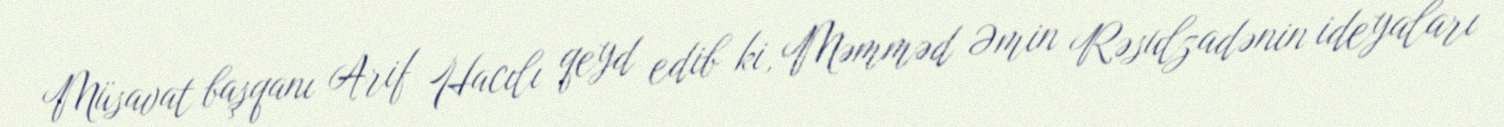
Müsavat başqanı Arif Hacılı qeyd edib ki, Məmməd Əmin Rəsulzadənin ideyaları